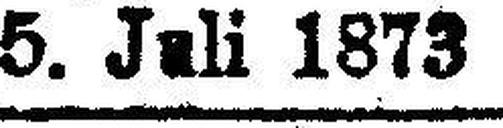
5. Juli 1873